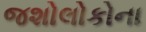
જશોલોકોના